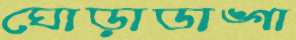
ঘোড়াডাঙ্গা